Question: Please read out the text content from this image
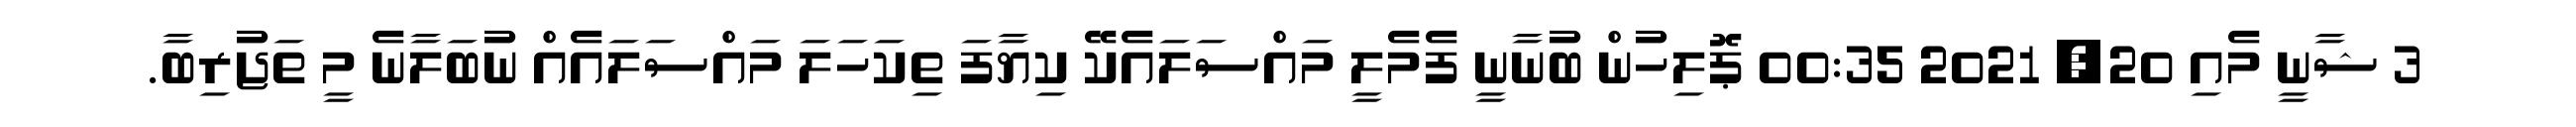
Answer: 3 ޝާނީ މެއި 20, 2021 00:35 ޕޮލިހުން ބުނާނީ ފެމެލީ މައްސަލައެކޭ ކިޔާފަ ތިކަހަލަ މައްސަލައެއް ނުބަލާނެ މީ ތަޖުރިބާ.